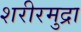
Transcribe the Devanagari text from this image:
शरीरमुद्रा